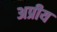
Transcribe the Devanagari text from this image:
अप्रीय